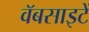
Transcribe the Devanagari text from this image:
वॅबसाइटें